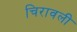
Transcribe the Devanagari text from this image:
चिरावली